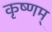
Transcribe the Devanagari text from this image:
कृष्णम्